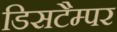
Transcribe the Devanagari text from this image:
डिसटैम्पर